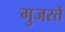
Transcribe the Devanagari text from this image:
गुजरतें